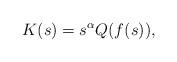
LaTeX: \begin{align*}K(s) = s^\alpha Q(f(s)),\end{align*}